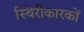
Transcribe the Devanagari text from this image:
स्थिरीकारकों